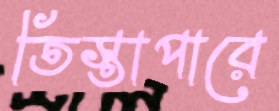
তিস্তাপারে